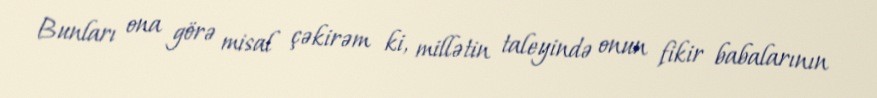
Bunları ona görə misal çəkirəm ki, millətin taleyində onun fikir babalarının